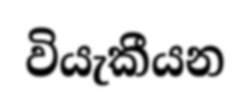
වියැකීයන